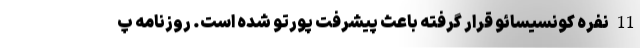
11 نفره کونسیسائو قرار گرفته باعث پیشرفت پورتو شده است. روزنامه پ